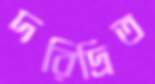
দরিদ্রিত